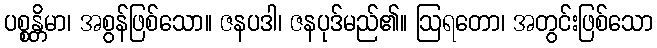
ပစ္စန္တိမာ၊ အစွန်ဖြစ်သော။ ဇနပဒါ၊ ဇနပုဒ်မည်၏။ ဩရတော၊ အတွင်းဖြစ်သော